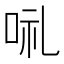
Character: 𠲥